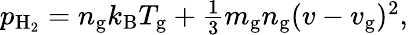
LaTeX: \begin{array}{r}{p_{\mathrm{H_{2}}}=n_{\mathrm{g}}k_{\mathrm{B}}T_{\mathrm{g}}+\frac{1}{3}m_{\mathrm{g}}n_{\mathrm{g}}(v-v_{\mathrm{g}})^{2},}\end{array}